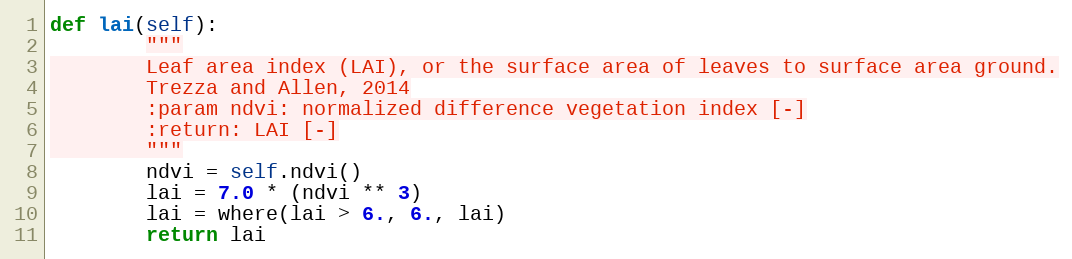
Language: Python
def lai(self):
        """
        Leaf area index (LAI), or the surface area of leaves to surface area ground.
        Trezza and Allen, 2014
        :param ndvi: normalized difference vegetation index [-]
        :return: LAI [-]
        """
        ndvi = self.ndvi()
        lai = 7.0 * (ndvi ** 3)
        lai = where(lai > 6., 6., lai)
        return lai